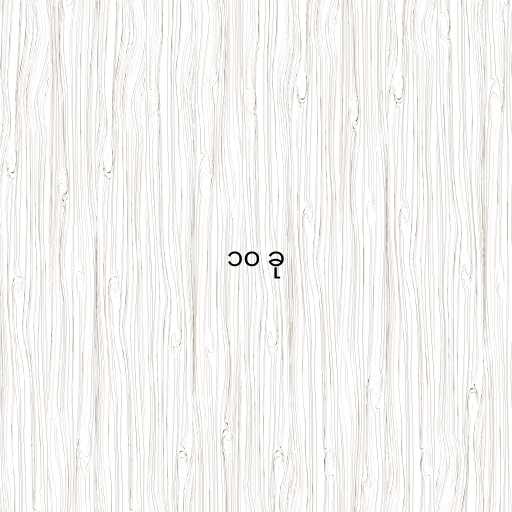
၁၀ ခု